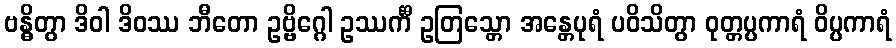
ဗန္ဓိတွာ ဒိဝါ ဒိဝဿ ဘီတော ဥဗ္ဗိဂ္ဂေါ ဥဿင်္ကီ ဥတြသ္တော အန္တေပုရံ ပဝိသိတွာ ဝုတ္တပ္ပကာရံ ဝိပ္ပကာရံ